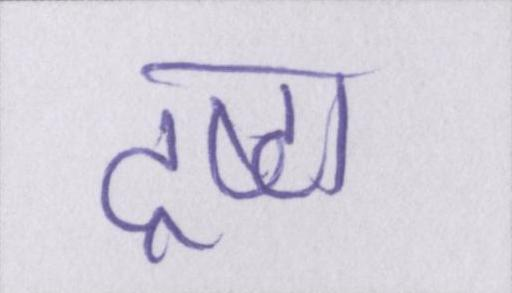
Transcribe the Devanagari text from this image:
द्रष्टा